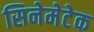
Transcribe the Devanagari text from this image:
सिनेमेटेक